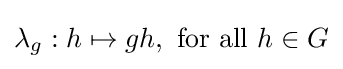
\lambda _{g}:h\mapsto gh,{\text{ for all }}h\in G